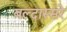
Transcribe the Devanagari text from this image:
बल्दास्सरे